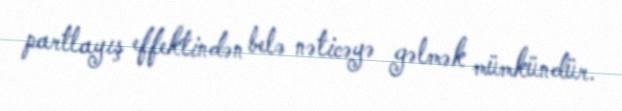
partlayış effektindən belə nəticəyə gəlmək mümkündür.